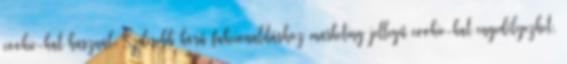
cookie-kat használ. Szélesebb körű fukcionalitáshoz marketing jellegű cookie-kat engedélyezhet,